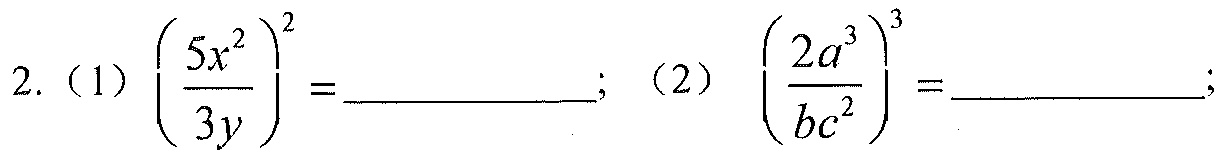
2.（1）\(\left(\frac{5x^{2}}{3y}\right)^{2}=\_\_\_\_\_\_\_\_\);（2）\(\left(\frac{2a^{3}}{bc^{2}}\right)^{3}=\_\_\_\_\_\_\_\_\);